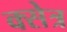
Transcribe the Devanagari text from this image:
क्सेत्र